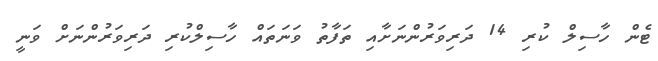
ޓެން ހާސިލް ކުރި 14 ދަރިވަރުންނަށާއި ތަފާތު ވަނަތައް ހާސިލްކުރި ދަރިވަރުންނަށް ވަނީ